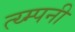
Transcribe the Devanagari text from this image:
त्य्म्पनी